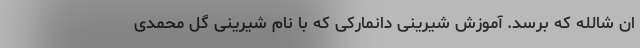
ان شالله که برسد. آموزش شیرینی دانمارکی که با نام شیرینی گل محمدی